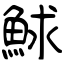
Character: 鯄